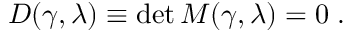
D ( \gamma , \lambda ) \equiv \operatorname * { d e t } M ( \gamma , \lambda ) = 0 \; .